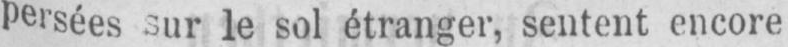
persées sur le sol étranger, sentent encore